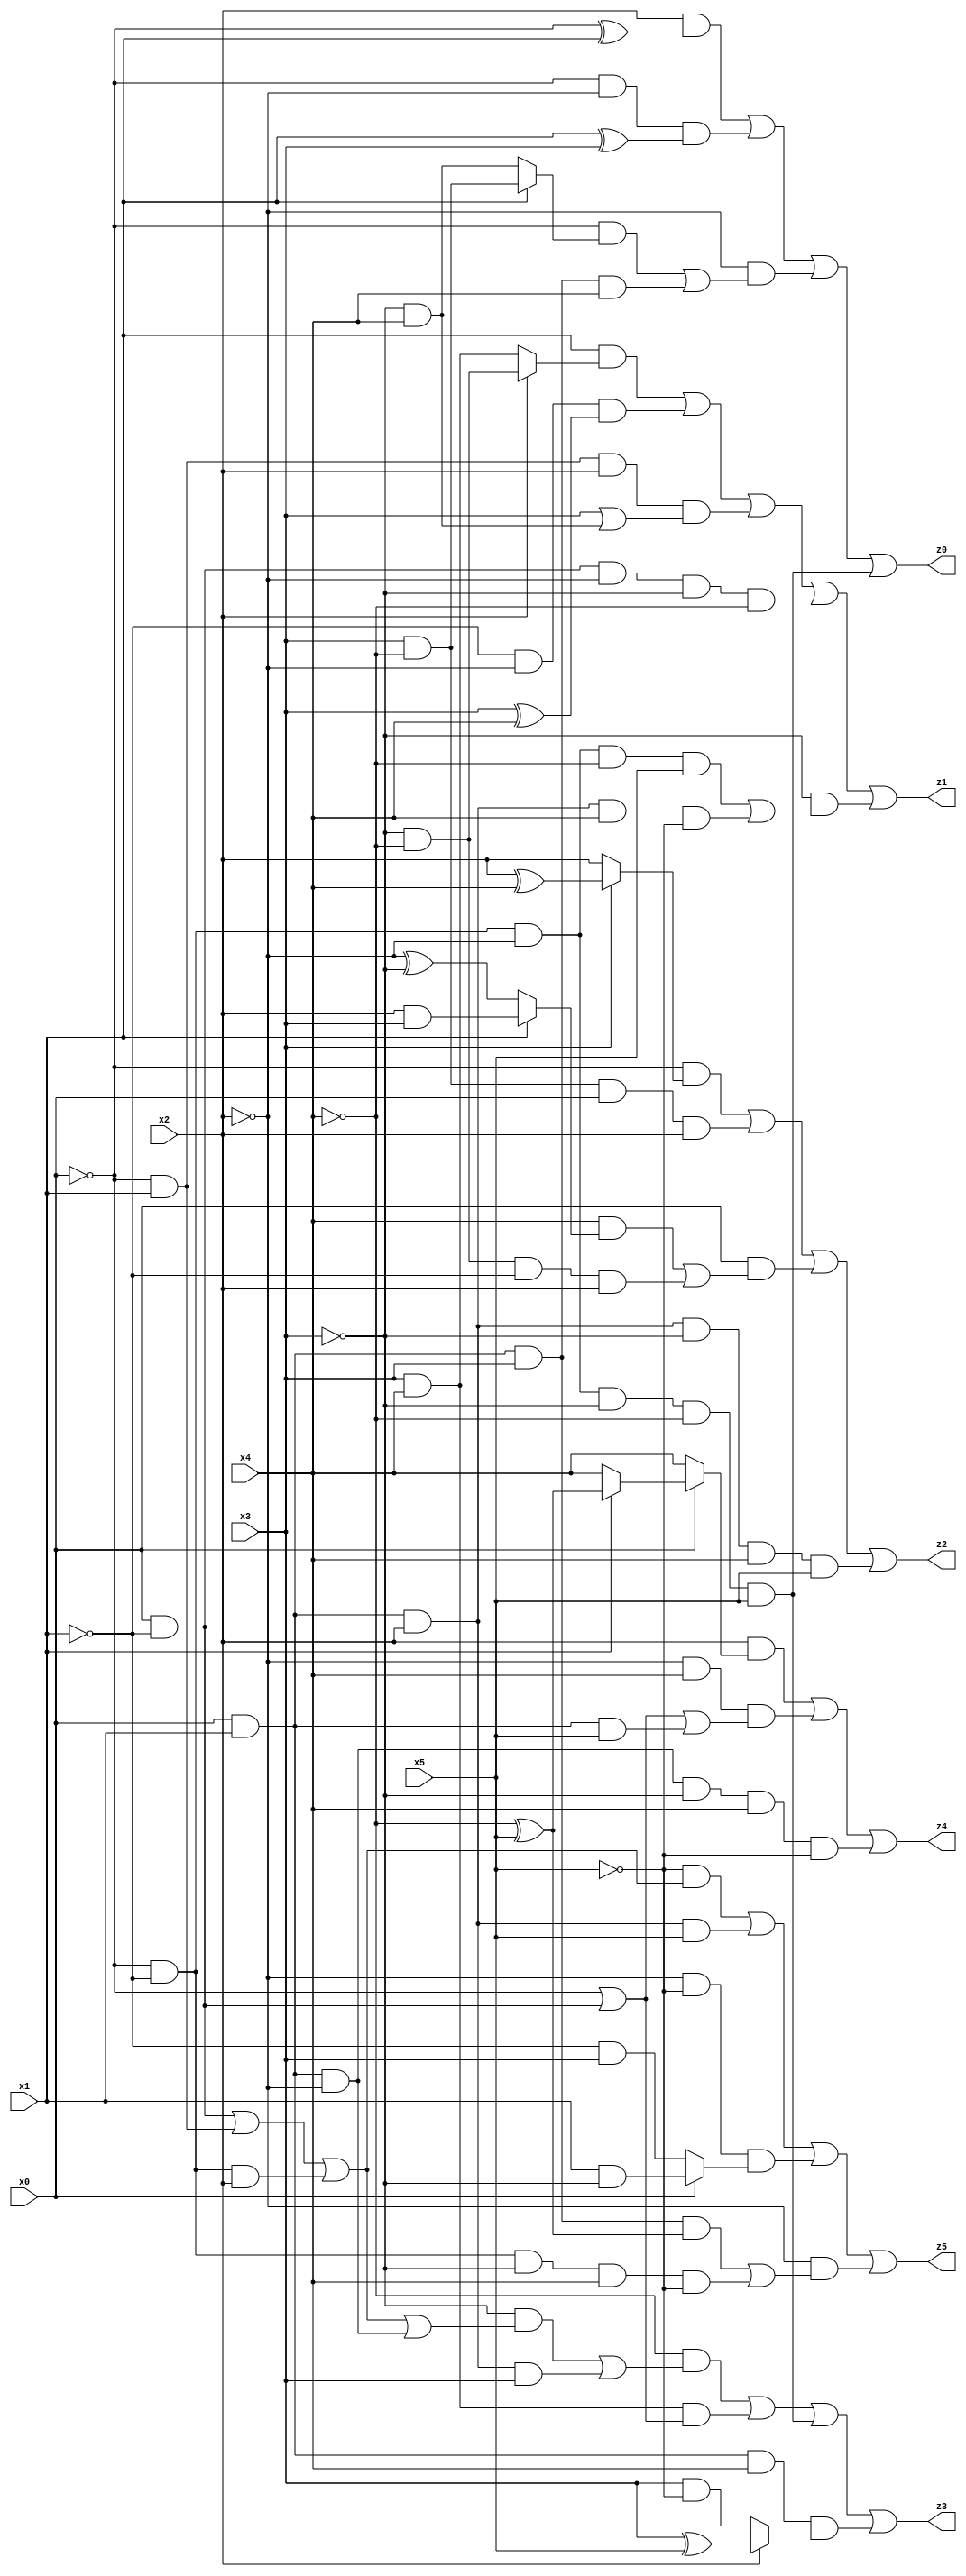
// Benchmark "X_66" written by ABC on Wed Jun 07 23:42:15 2023

module X_66 ( 
    x0, x1, x2, x3, x4, x5,
    z0, z1, z2, z3, z4, z5  );
  input  x0, x1, x2, x3, x4, x5;
  output z0, z1, z2, z3, z4, z5;
  assign z0 = (x2 & (~x0 ^ x1)) | (~x0 & ~x2 & (x1 ^ x3)) | (~x2 & ((~x0 & (x1 ? (x3 & ~x4) : (~x3 & x4))) | (x0 & x1 & x3 & x4))) | (~x0 & ~x1 & ~x2 & ~x3 & ~x4 & x5);
  assign z1 = (x1 & (x2 ? (~x3 & ~x4) : (x3 & x4))) | (~x1 & ~x2 & (x3 ^ x4)) | (~x0 & x1 & x2 & (x3 | (~x3 & x4))) | (x0 & ~x1 & ~x2 & ~x3 & ~x4) | (~x3 & ((~x0 & ~x1 & ~x2 & ~x4 & x5) | (x0 & x1 & x2 & x4 & ~x5)));
  assign z2 = (~x0 & (x3 ? (x2 ^ x4) : x2)) | (x3 & ~x4 & x0 & x2) | (x0 & ((x4 & (x1 ? (x2 & x3) : (~x2 ^ ~x3))) | (~x3 & ~x4 & ~x1 & x2))) | (x0 & x1 & x2 & ~x3 & x4 & x5);
  assign z3 = (~x4 & ((~x3 & ((x0 & ~x1) | (~x0 & x1) | (~x0 & ~x1 & x2) | (x0 & x1 & ~x2))) | (x0 & x1 & x2 & x3))) | (x3 & x4 & (~x0 | (x0 & ~x1))) | (~x0 & ~x1 & ~x2 & ~x3 & ~x4 & x5) | (x0 & x1 & x4 & (x2 ? (x3 ^ x5) : (x3 & ~x5)));
  assign z4 = (x2 & (x0 ? (x1 ? (~x4 ^ x5) : x4) : x4)) | (~x2 & x4 & (~x0 | (x0 & ~x1) | (x0 & x1 & x5))) | (x0 & x1 & ~x2 & ~x3 & x4 & ~x5);
  assign z5 = (~x5 & ((x0 & ~x1) | (~x0 & x1) | (~x0 & ~x1 & x2))) | (x0 & x1 & x2 & x5) | (~x2 & ~x5 & (x0 ? (x1 & ~x3) : (~x1 & x3))) | (~x2 & ((x0 & x1 & x3 & (~x4 ^ x5)) | (~x0 & ~x1 & ~x3 & x4 & ~x5)));
endmodule